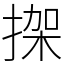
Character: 𢱌